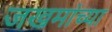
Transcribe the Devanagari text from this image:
जखमांच्या